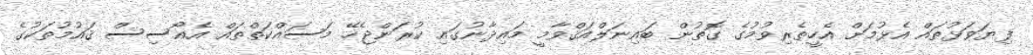
ފިޔަވަޅުތައް އެޅުމަށް އެހީތެރިވުމުގެ ގޮތުން ބައިނަލްއަޤްވާމީ މައިދާނުގައި ކުރަންޖެހޭ މަސައްކަތްތައް އެއޯސިސް ޤައުމުތަކުގެ